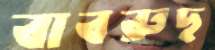
বাবরুছ